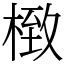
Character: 㮹